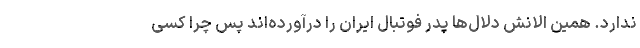
ندارد. همین الانش دلال‌ها پدر فوتبال ایران را درآورده‌اند پس چرا کسی